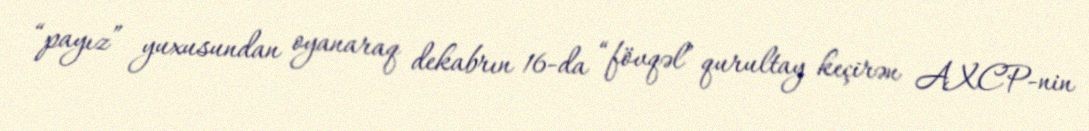
“payız” yuxusundan oyanaraq dekabrın 16-da “fövqəl” qurultay keçirən AXCP-nin